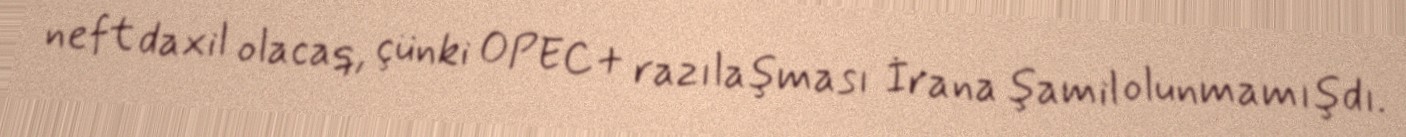
neft daxil olacaq, çünki OPEC+ razılaşması İrana şamil olunmamışdı.